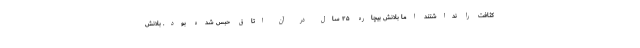
کثافت را نداشتند اما بلانش بیچاره ۲۵ سال در آن اتاق حبس شده بود. بلانش